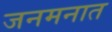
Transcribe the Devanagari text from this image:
जनमनात